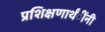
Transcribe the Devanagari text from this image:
प्रशिक्षणार्थंींनी